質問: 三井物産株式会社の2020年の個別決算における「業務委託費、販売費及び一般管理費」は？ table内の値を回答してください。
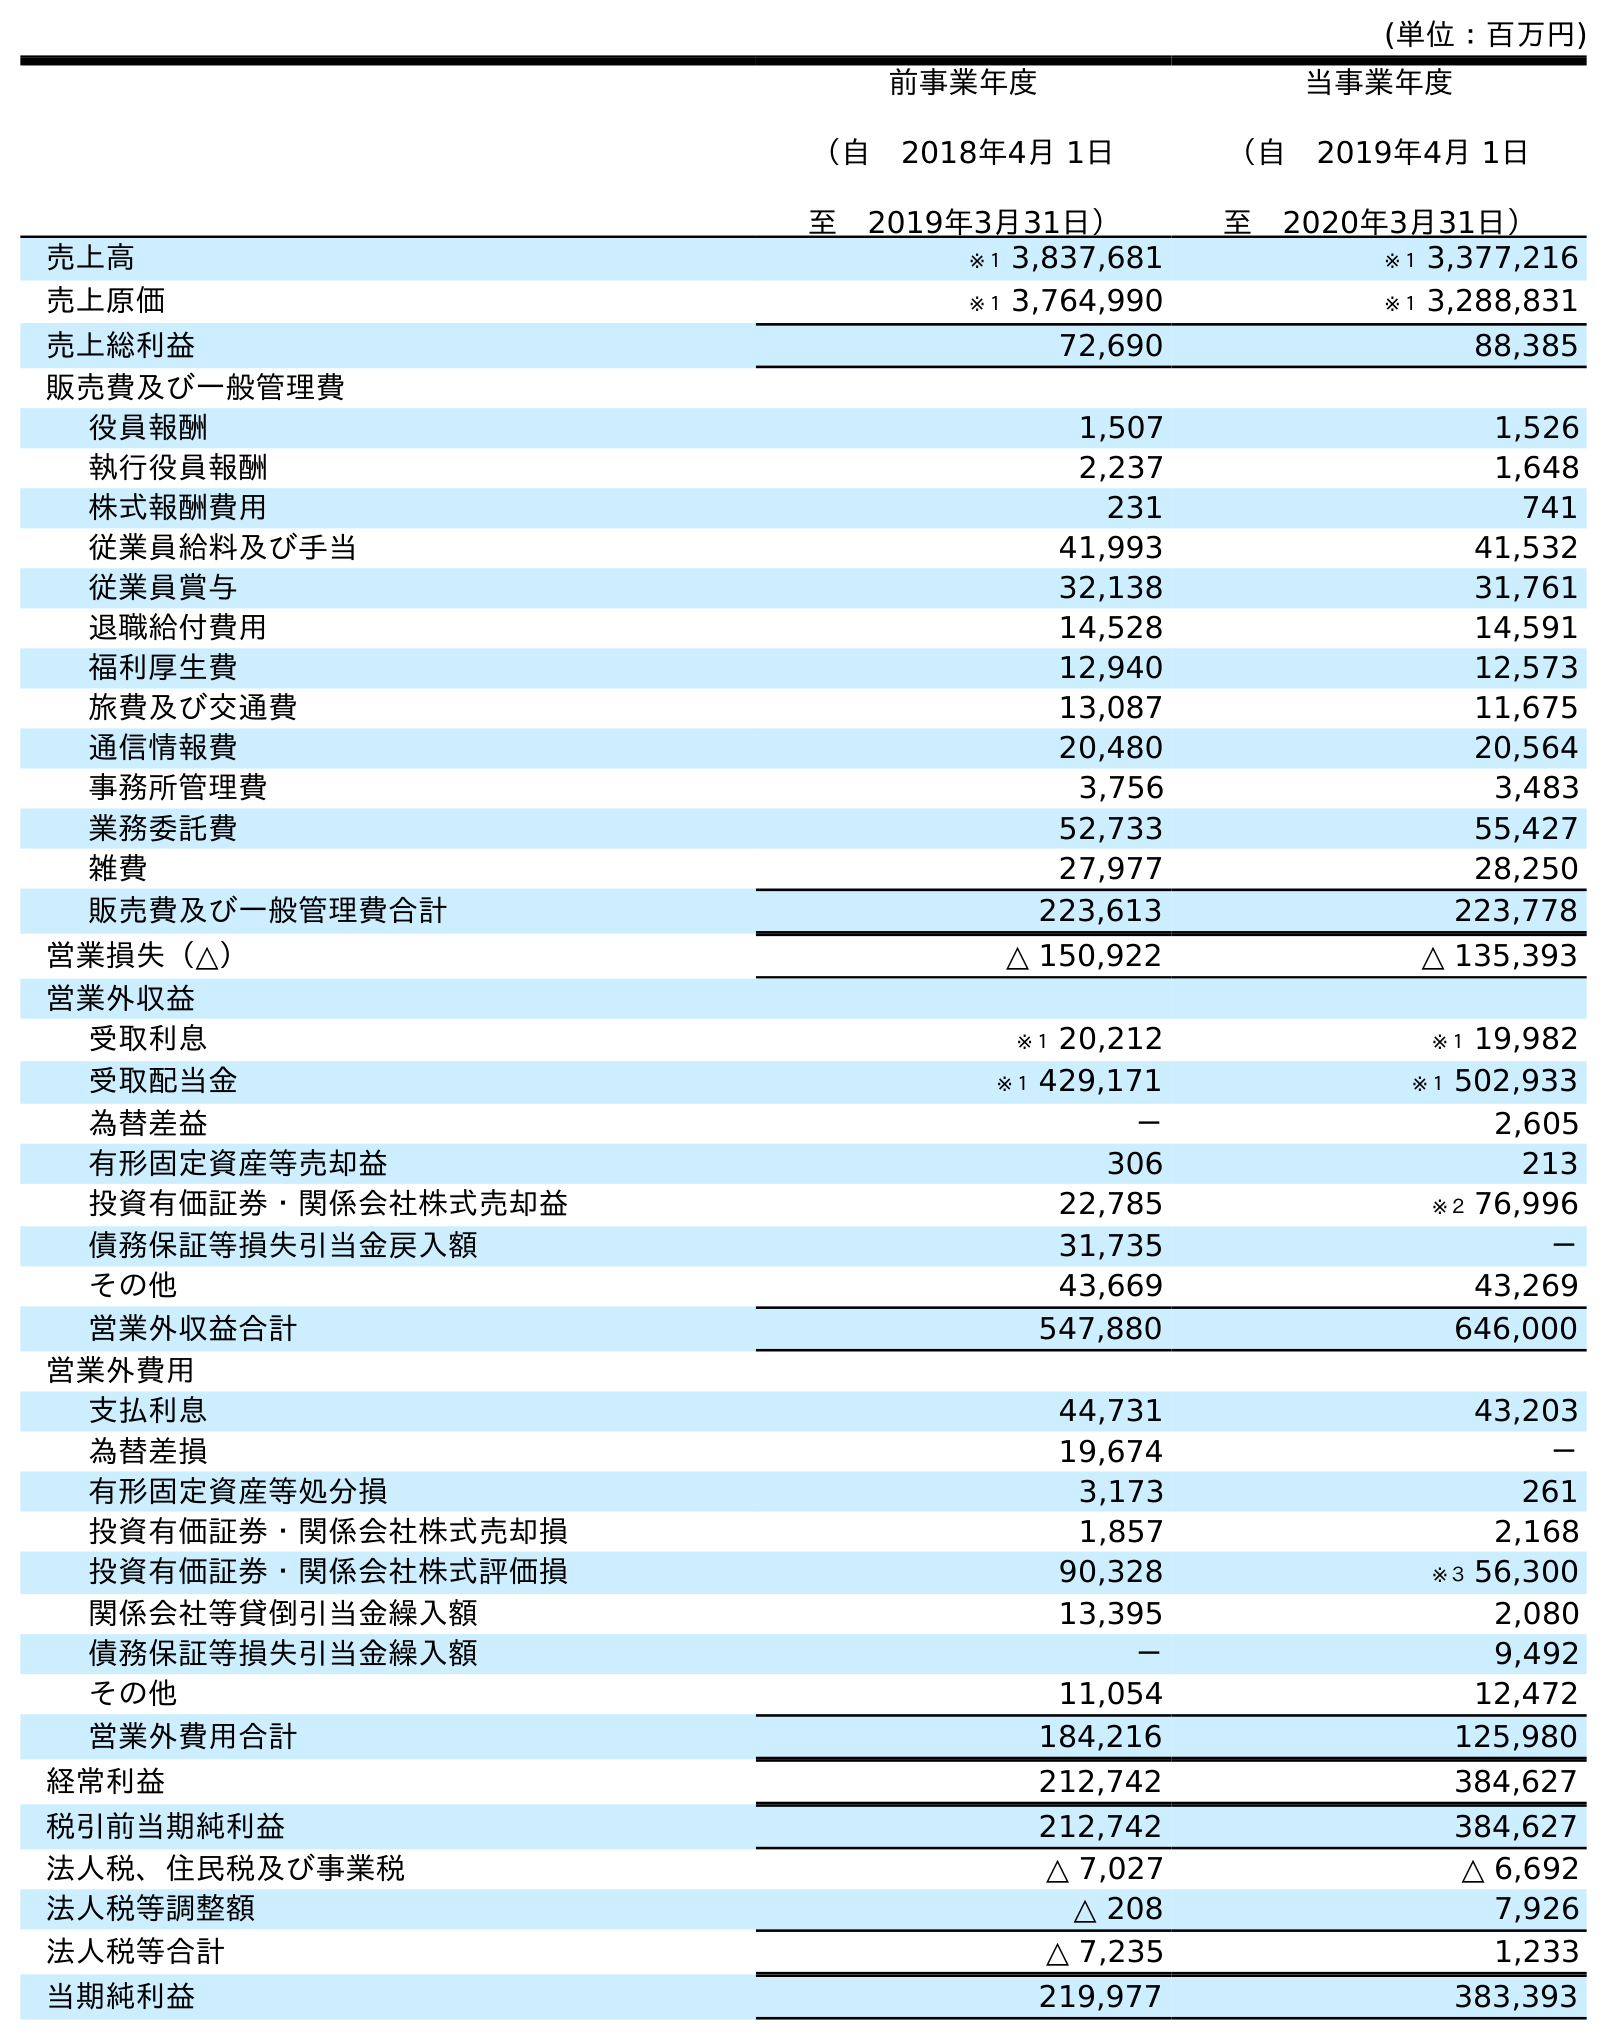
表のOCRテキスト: (単位：百万円) 前事業年度 （自 2018年4月 1日 至 2019年3月31日） 当事業年度 （自 2019年4月 1日 至 2020年3月31日） 売上高 ※１ 3,837,681 ※１ 3,377,216 売上原価 ※１ 3,764,990 ※１ 3,288,831 売上総利益 72,690 88,385 販売費及び一般管理費 役員報酬 1,507 1,526 執行役員報酬 2,237 1,648 株式報酬費用 231 741 従業員給料及び手当 41,993 41,532 従業員賞与 32,138 31,761 退職給付費用 14,528 14,591 福利厚生費 12,940 12,573 旅費及び交通費 13,087 11,675 通信情報費 20,480 20,564 事務所管理費 3,756 3,483 業務委託費 52,733 55,427 雑費 27,977 28,250 販売費及び一般管理費合計 223,613 223,778 営業損失（△） △ 150,922 △ 135,393 営業外収益 受取利息 ※１ 20,212 ※１ 19,982 受取配当金 ※１ 429,171 ※１ 502,933 為替差益 － 2,605 有形固定資産等売却益 306 213 投資有価証券・関係会社株式売却益 22,785 ※２ 76,996 債務保証等損失引当金戻入額 31,735 － その他 43,669 43,269 営業外収益合計 547,880 646,000 営業外費用 支払利息 44,731 43,203 為替差損 19,674 － 有形固定資産等処分損 3,173 261 投資有価証券・関係会社株式売却損 1,857 2,168 投資有価証券・関係会社株式評価損 90,328 ※３ 56,300 関係会社等貸倒引当金繰入額 13,395 2,080 債務保証等損失引当金繰入額 － 9,492 その他 11,054 12,472 営業外費用合計 184,216 125,980 経常利益 212,742 384,627 税引前当期純利益 212,742 384,627 法人税、住民税及び事業税 △ 7,027 △ 6,692 法人税等調整額 △ 208 7,926 法人税等合計 △ 7,235 1,233 当期純利益 219,977 383,393
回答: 55,427